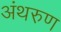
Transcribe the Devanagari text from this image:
अंथरुण